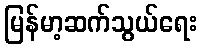
မြန်မာ့ဆက်သွယ်ရေး